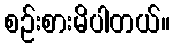
စဉ်းစားမိပါတယ်။